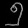
Digit: ၅